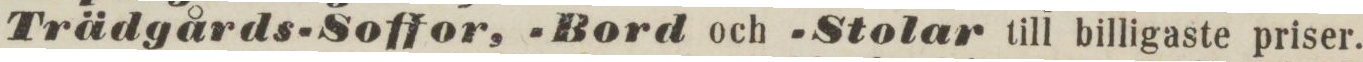
Trädgårds-Soffor, -Bord och -Stolar till billigaste priser.